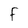
Character: F